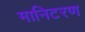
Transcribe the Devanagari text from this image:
मानिटरण